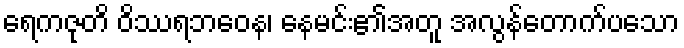
ရေကဇုတိ ဝိဿရဘဝေန၊ နေမင်း၏အတူ အလွန်တောက်ပသော